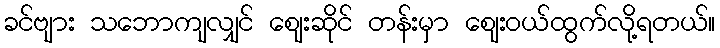
ခင်ဗျား သဘောကျလျှင် ဈေးဆိုင် တန်းမှာ ဈေးဝယ်ထွက်လို့ရတယ်။